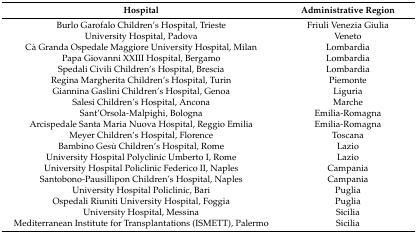
| Hospital | Administrative Region |
 | --- | --- |
 | Burlo Garofalo Children’s Hospital, Trieste | Friuli Venezia Giulia |
 | University Hospital, Padova | Veneto |
 | Cà Granda Ospedale Maggiore University Hospital, Milan | Lombardia |
 | Papa Giovanni XXIII Hospital, Bergamo | Lombardia |
 | Spedali Civili Children’s Hospital, Brescia | Lombardia |
 | Regina Margherita Children’s Hospital, Turin | Piemonte |
 | Giannina Gaslini Children’s Hospital, Genoa | Liguria |
 | Salesi Children’s Hospital, Ancona | Marche |
 | Sant’Orsola-Malpighi, Bologna | Emilia-Romagna |
 | Arcispedale Santa Maria Nuova Hospital, Reggio Emilia | Emilia-Romagna |
 | Meyer Children’s Hospital, Florence | Toscana |
 | Bambino Gesù Children’s Hospital, Rome | Lazio |
 | University Hospital Polyclinic Umberto I, Rome | Lazio |
 | University Hospital Policlinic Federico II, Naples | Campania |
 | Santobono-Pausillipon Children’s Hospital, Naples | Campania |
 | University Hospital Policlinic, Bari | Puglia |
 | Ospedali Riuniti University Hospital, Foggia | Puglia |
 | University Hospital, Messina | Sicilia |
 | Mediterranean Institute for Transplantations (ISMETT), Palermo | Sicilia |